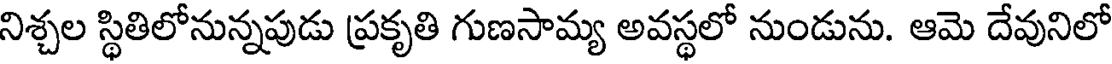
నిశ్చల స్థితిలోనున్నపుడు ప్రకృతి గుణసామ్య అవస్థలో నుండును. ఆమె దేవునిలో